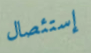
إستئصال